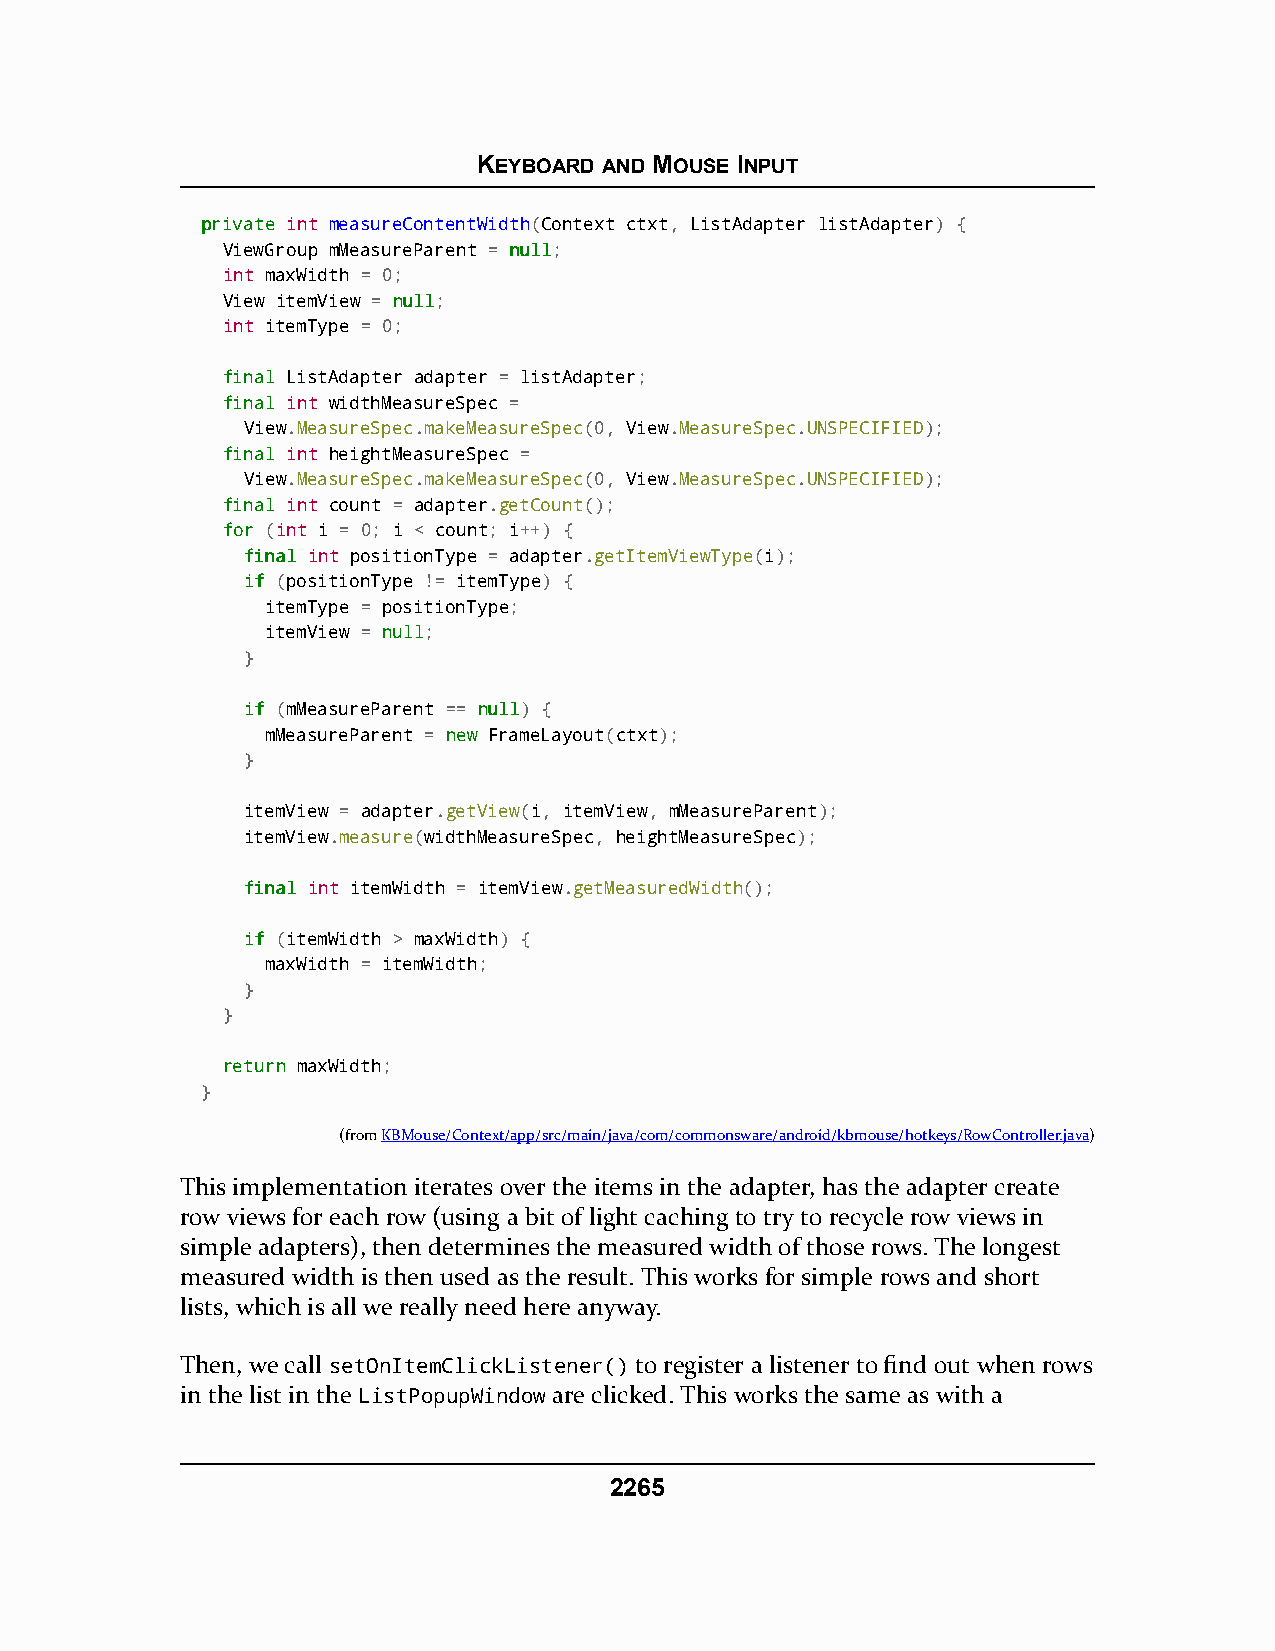
KEYBOARD AND MOUSE INPUT
 pprriivvaattee int measureContentWidth(Context ctxt, ListAdapter listAdapter) {
 ViewGroup mMeasureParent = nnuullll;
 int maxWidth = 0;
 View itemView = nnuullll;
 int itemType = 0;
 ffiinnaall ListAdapter adapter = listAdapter;
 ffiinnaall int widthMeasureSpec =
 View.MeasureSpec.makeMeasureSpec(0, View.MeasureSpec.UNSPECIFIED);
 ffiinnaall int heightMeasureSpec =
 View.MeasureSpec.makeMeasureSpec(0, View.MeasureSpec.UNSPECIFIED);
 ffiinnaall int count = adapter.getCount();
 ffoorr (int i = 0; i < count; i++) {
 ffiinnaall int positionType = adapter.getItemViewType(i);
 iiff (positionType != itemType) {
 itemType = positionType;
 itemView = nnuullll;
 }
 iiff (mMeasureParent == nnuullll) {
 mMeasureParent = nneeww FrameLayout(ctxt);
 }
 itemView = adapter.getView(i, itemView, mMeasureParent);
 itemView.measure(widthMeasureSpec, heightMeasureSpec);
 ffiinnaall int itemWidth = itemView.getMeasuredWidth();
 iiff (itemWidth > maxWidth) {
 maxWidth = itemWidth;
 }
 }
 rreettuurrnn maxWidth;
 }
 (fromKBMouse/Context/app/src/main/java/com/commonsware/android/kbmouse/hotkeys/RowController.java)
 This implementation iterates over the items in the adapter, has the adapter create
 row views for each row (using a bit of light caching to try to recycle row views in
 simple adapters), then determines the measured width of those rows. The longest
 measured width is then used as the result. This works for simple rows and short
 lists, which is all we really need here anyway.
 Then, we call setOnItemClickListener() to register a listener to find out when rows
 in the list in the ListPopupWindow are clicked. This works the same as with a
 2265